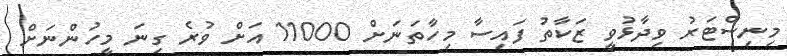
މިނިސްޓަރު ވިދާޅުވީ ޒަކާތު ފައިސާ މިހާތަނަށް 11000 އަށް ވުރެ ގިނަ މީހުންނަށް